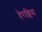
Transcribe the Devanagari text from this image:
हेराक्लिस